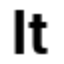
It